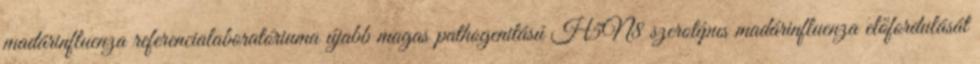
madárinfluenza referencialaboratóriuma újabb magas pathogenitású H5N8 szerotípus madárinfluenza előfordulását